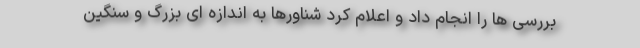
بررسی ها را انجام داد و اعلام کرد شناورها به اندازه ای بزرگ و سنگین